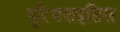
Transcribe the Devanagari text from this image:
युरेथराइटिस